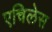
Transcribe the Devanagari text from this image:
एचिलेस